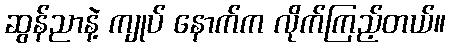
ဆွန်ညာနဲ့ ကျုပ် နောက်က လိုက်ကြည့်တယ်။